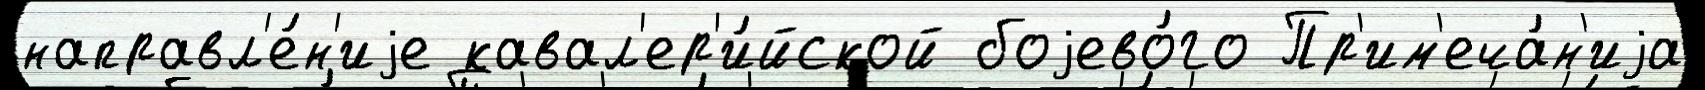
направл'е́н'иjе кавал'ер'и́йской боjево́го Пр'им'еча́н'иjа